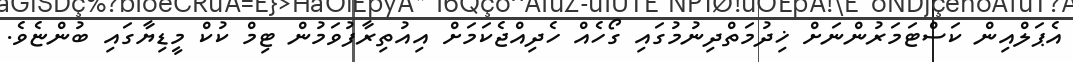
އެޕަލްއިން ކަސްޓަމަރުންނަށް ޚިދުމަތްދިނުމުގައި ގޯހެއް ހެދިއްޖެކަމަށް އިއުތިރާފުވަމުން ޓިމް ކުކް މީޑިޔާގައި ބުންޏެވެ.